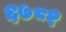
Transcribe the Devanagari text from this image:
६७८१